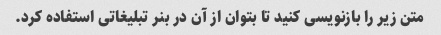
متن زیر را بازنویسی کنید تا بتوان از آن در بنر تبلیغاتی استفاده کرد.